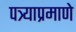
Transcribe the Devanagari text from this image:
पत्र्याप्रमाणे